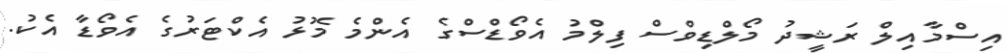
އިސްމާއިލް ރަޝީދު މޯލްޑިވްސް ފިލްމު އެވޯޑްސްގެ އެންމެ މޮޅު އެކްޓަރުގެ އެވޯޑާ އެކު.